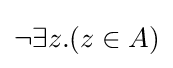
\neg \exists z.(z\in A)